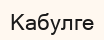
Кабулге